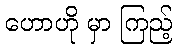
ဟောဟို မှာ ကြည့်